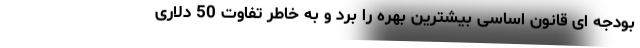
بودجه ای قانون اساسی بیشترین بهره را برد و به خاطر تفاوت 50 دلاری